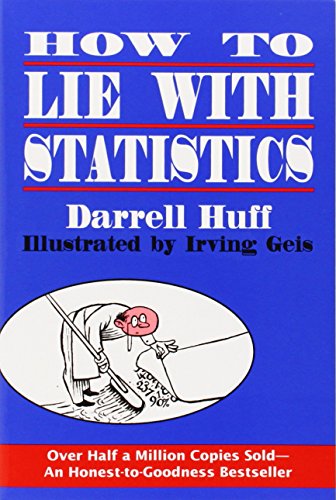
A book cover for How to Lie with Statistics; Darrell Huff; Science & Math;